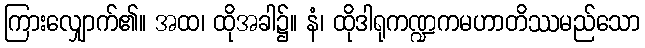
ကြားလျှောက်၏။ အထ၊ ထိုအခါ၌။ နံ၊ ထိုဒါရုကဏ္ဍကမဟာတိဿမည်သော